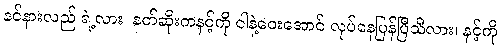
နင်နားလည် ရဲ့လား၊ နတ်ဆိုးကနင့်ကို ငါနဲ့ဝေးအောင် လုပ်နေပြန်ပြီသိလား၊ နင့်ကို